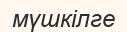
мүшкілге